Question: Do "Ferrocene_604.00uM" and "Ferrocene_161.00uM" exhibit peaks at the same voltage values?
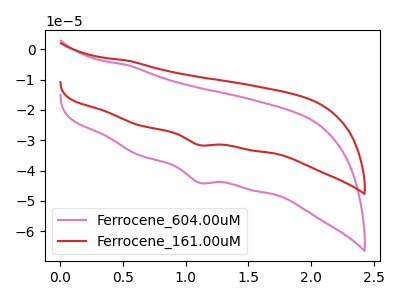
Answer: <think>The pink curve "Ferrocene_604.00uM" has a cathodic peak at: (1.10V, -44.00uA). The red curve "Ferrocene_161.00uM" has a cathodic peak at: (1.10V, -31.55uA).</think>
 <answer>Yes, "Ferrocene_604.00uM" have a peak in "Ferrocene_161.00uM" at the same potential.</answer>
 <eval>match</eval>